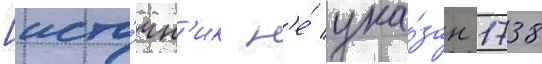
[исто́чн'ик н'е́ ука́зан 1738